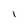
Character: I